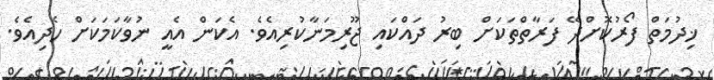
ޚިދުމަތް ފޯރުކޮށްދޭ ފަރާތްތަކަށް ބިރު ދައްކައި ޖޫރިމަނާކުރިއެވެ. އެކަން އެއީ ނުވާކަމަކަށް ހެދިއެވެ.